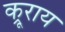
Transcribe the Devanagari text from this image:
क्रूराय